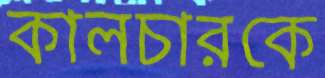
কালচারকে